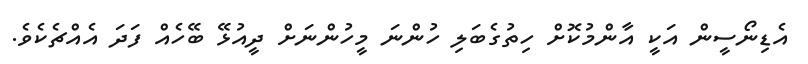
އެޑިނޯސީން އަކީ އާންމުކޮށް ހިތުގެބަލި ހުންނަ މީހުންނަށް ދީއުޅޭ ބޭހެއް ފަދަ އެއްޗެެކެވެ.